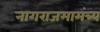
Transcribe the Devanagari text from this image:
नागराजमामंत्र्य